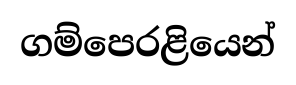
ගම්පෙරළියෙන්